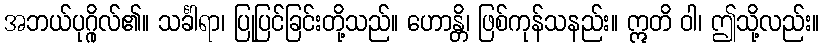
အဘယ်ပုဂ္ဂိုလ်၏။ သင်္ခါရာ၊ ပြုပြင်ခြင်းတို့သည်။ ဟောန္တိ၊ ဖြစ်ကုန်သနည်း။ ဣတိ ဝါ၊ ဤသို့လည်း။